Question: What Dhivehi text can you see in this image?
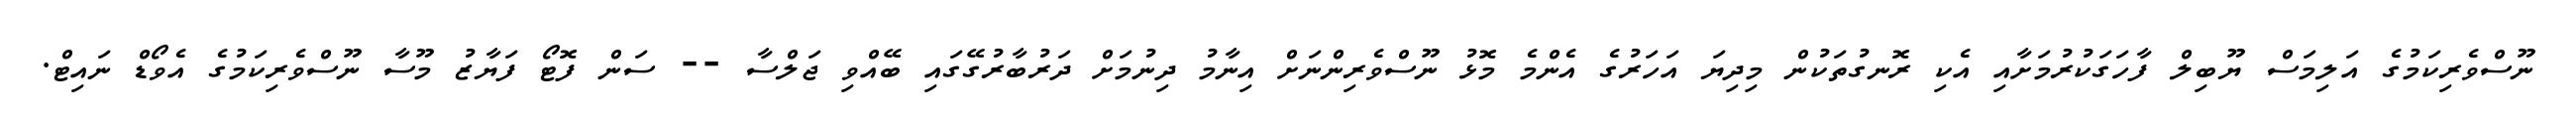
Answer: ނޫސްވެރިކަމުގެ އަލިމަސް ޔޫބިލް ފާހަގަކުރުމަށާއި އެކި ރޮނގުތަކުން މިދިޔަ އަހަރުގެ އެންމެ މޮޅު ނޫސްވެރިންނަށް އިނާމު ދިނުމަށް ދަރުބާރުގޭގައި ބޭއްވި ޖަލްސާ -- ސަން ފޮޓޯ ފަޔާޒު މޫސާ ނޫސްވެރިކަމުގެ އެވޯޑް ނައިޓް.